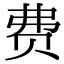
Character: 费